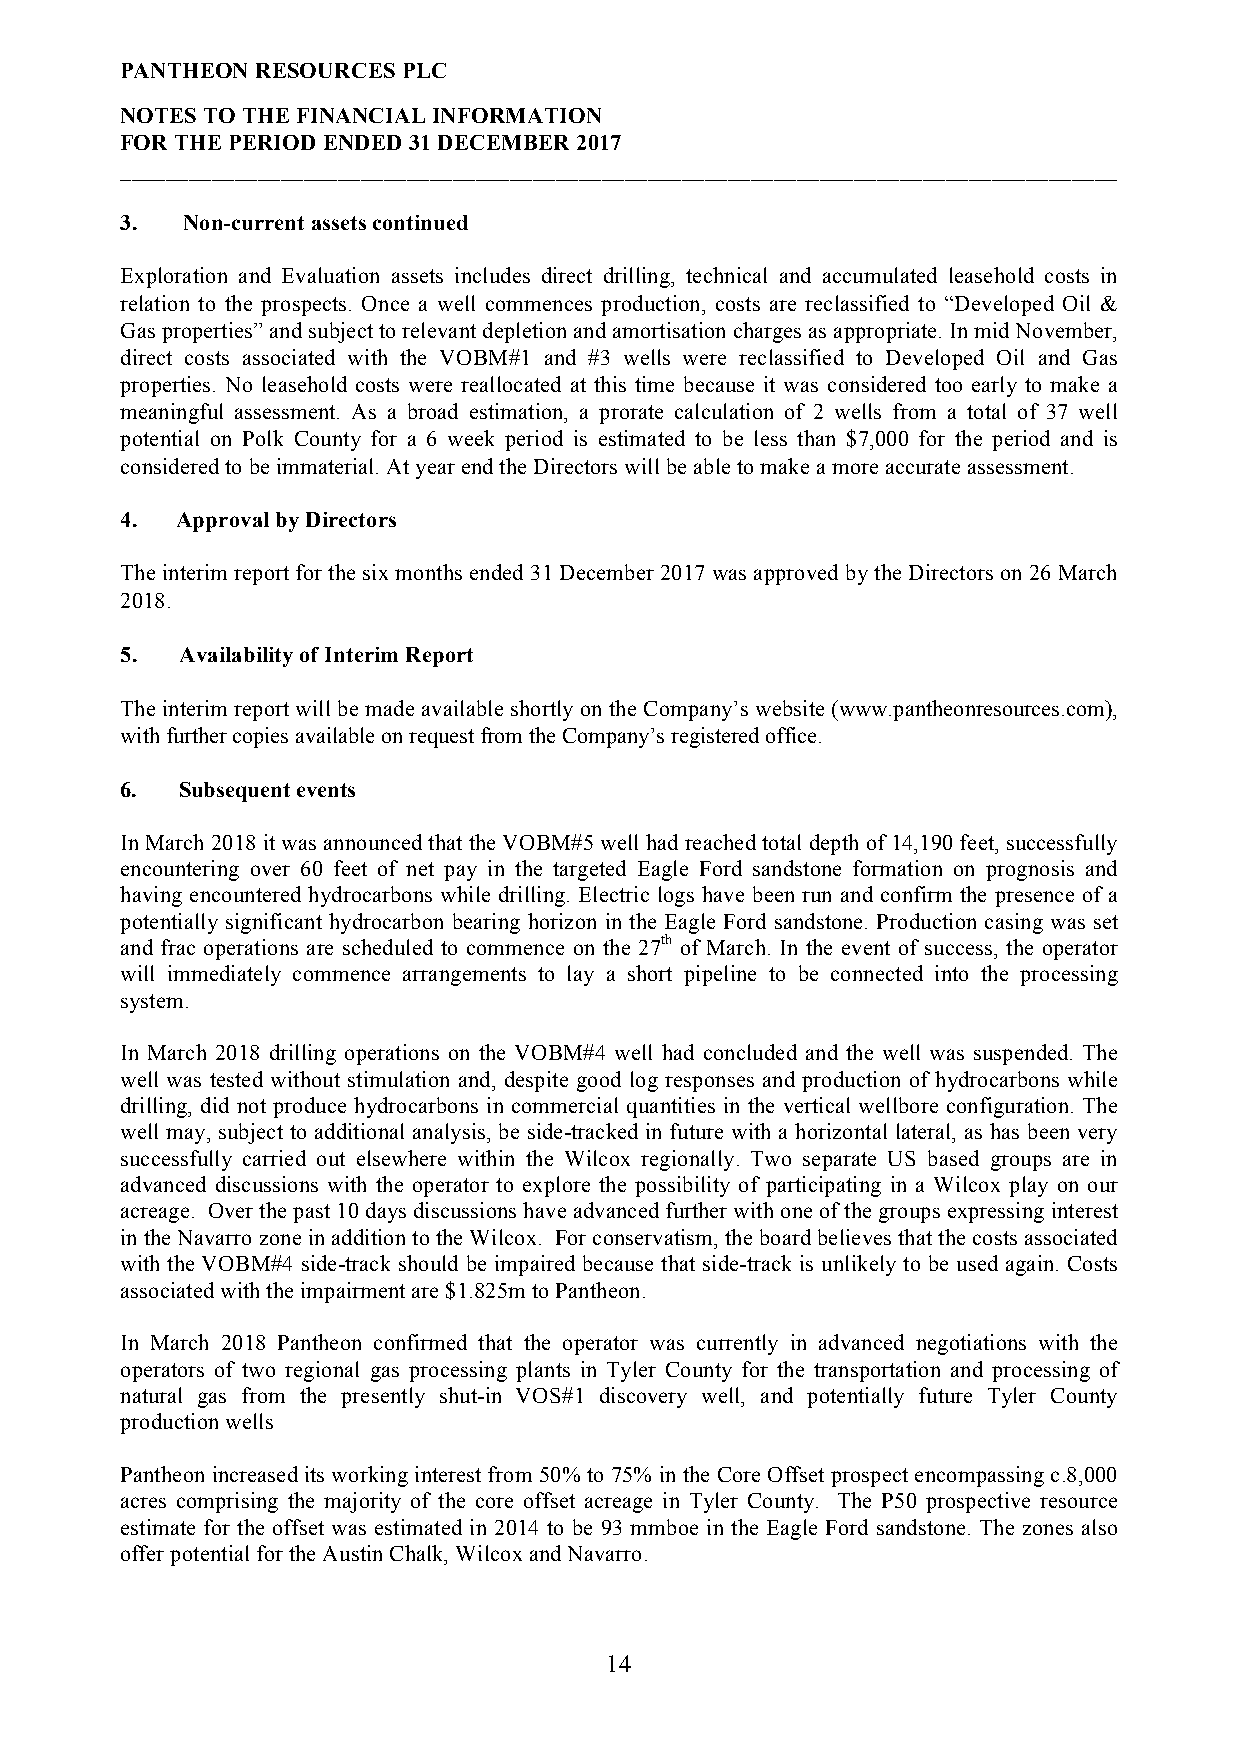
PANTHEON RESOURCES PLC
 NOTES TO THE FINANCIAL INFORMATION
 FOR THE PERIOD ENDED 31 DECEMBER 2017
 _______________________________________________________________________________________
 3.  Non-current assets continued
 Exploration and Evaluation assets includes direct drilling, technical and accumulated leasehold costs in
 relation to the prospects. Once a well commences production, costs are reclassified to “Developed Oil &
 Gas properties” and subject to relevant depletion and amortisation charges as appropriate. In mid November,
 direct costs associated with the VOBM#1 and #3 wells were reclassified to Developed Oil and Gas
 properties. No leasehold costs were reallocated at this time because it was considered too early to make a
 meaningful assessment. As a broad estimation, a prorate calculation of 2 wells from a total of 37 well
 potential on Polk County for a 6 week period is estimated to be less than $7,000 for the period and is
 considered to be immaterial. At year end the Directors will be able to make a more accurate assessment.
 4.  Approval by Directors
 The interim report for the six months ended 31 December 2017 was approved by the Directors on 26 March
 2018.
 5.  Availability of Interim Report
 The interim report will be made available shortly on the Company’s website (www.pantheonresources.com),
 with further copies available on request from the Company’s registered office.
 6.  Subsequent events
 In March 2018 it was announced that the VOBM#5 well had reached total depth of 14,190 feet, successfully
 encountering over 60 feet of net pay in the targeted Eagle Ford sandstone formation on prognosis and
 having encountered hydrocarbons while drilling. Electric logs have been run and confirm the presence of a
 potentially significant hydrocarbon bearing horizon in the Eagle Ford sandstone. Production casing was set
 and frac operations are scheduled to commence on the 27th of March. In the event of success, the operator
 will immediately commence arrangements to lay a short pipeline to be connected into the processing
 system.
 In March 2018 drilling operations on the VOBM#4 well had concluded and the well was suspended. The
 well was tested without stimulation and, despite good log responses and production of hydrocarbons while
 drilling, did not produce hydrocarbons in commercial quantities in the vertical wellbore configuration. The
 well may, subject to additional analysis, be side-tracked in future with a horizontal lateral, as has been very
 successfully carried out elsewhere within the Wilcox regionally. Two separate US based groups are in
 advanced discussions with the operator to explore the possibility of participating in a Wilcox play on our
 acreage. Over the past 10 days discussions have advanced further with one of the groups expressing interest
 in the Navarro zone in addition to the Wilcox. For conservatism, the board believes that the costs associated
 with the VOBM#4 side-track should be impaired because that side-track is unlikely to be used again. Costs
 associated with the impairment are $1.825m to Pantheon.
 In March 2018 Pantheon confirmed that the operator was currently in advanced negotiations with the
 operators of two regional gas processing plants in Tyler County for the transportation and processing of
 natural gas from the presently shut-in VOS#1 discovery well, and potentially future Tyler County
 production wells
 Pantheon increased its working interest from 50% to 75% in the Core Offset prospect encompassing c.8,000
 acres comprising the majority of the core offset acreage in Tyler County. The P50 prospective resource
 estimate for the offset was estimated in 2014 to be 93 mmboe in the Eagle Ford sandstone. The zones also
 offer potential for the Austin Chalk, Wilcox and Navarro.
 14